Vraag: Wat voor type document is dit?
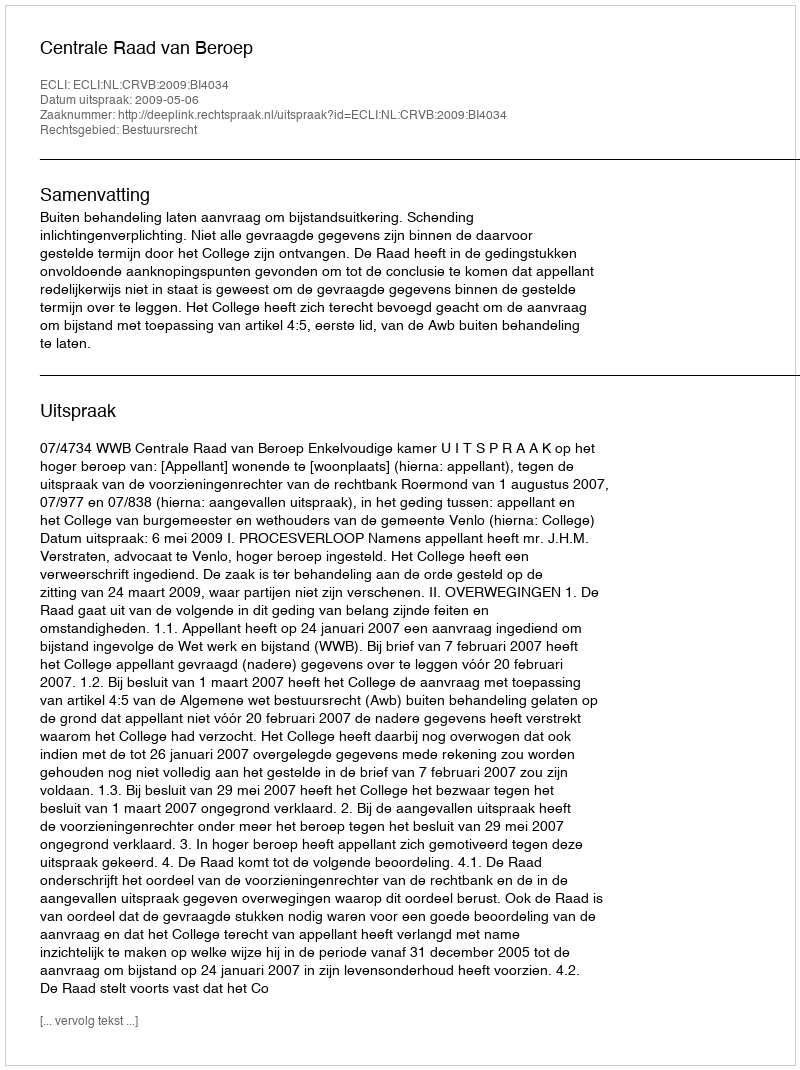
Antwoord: Uitspraak